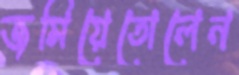
জমিয়েতোলেন